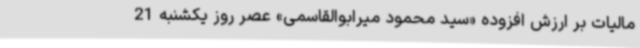
مالیات بر ارزش افزوده «سید محمود میرابوالقاسمی» عصر روز یکشنبه 21